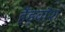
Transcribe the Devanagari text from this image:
हैंडवॉश